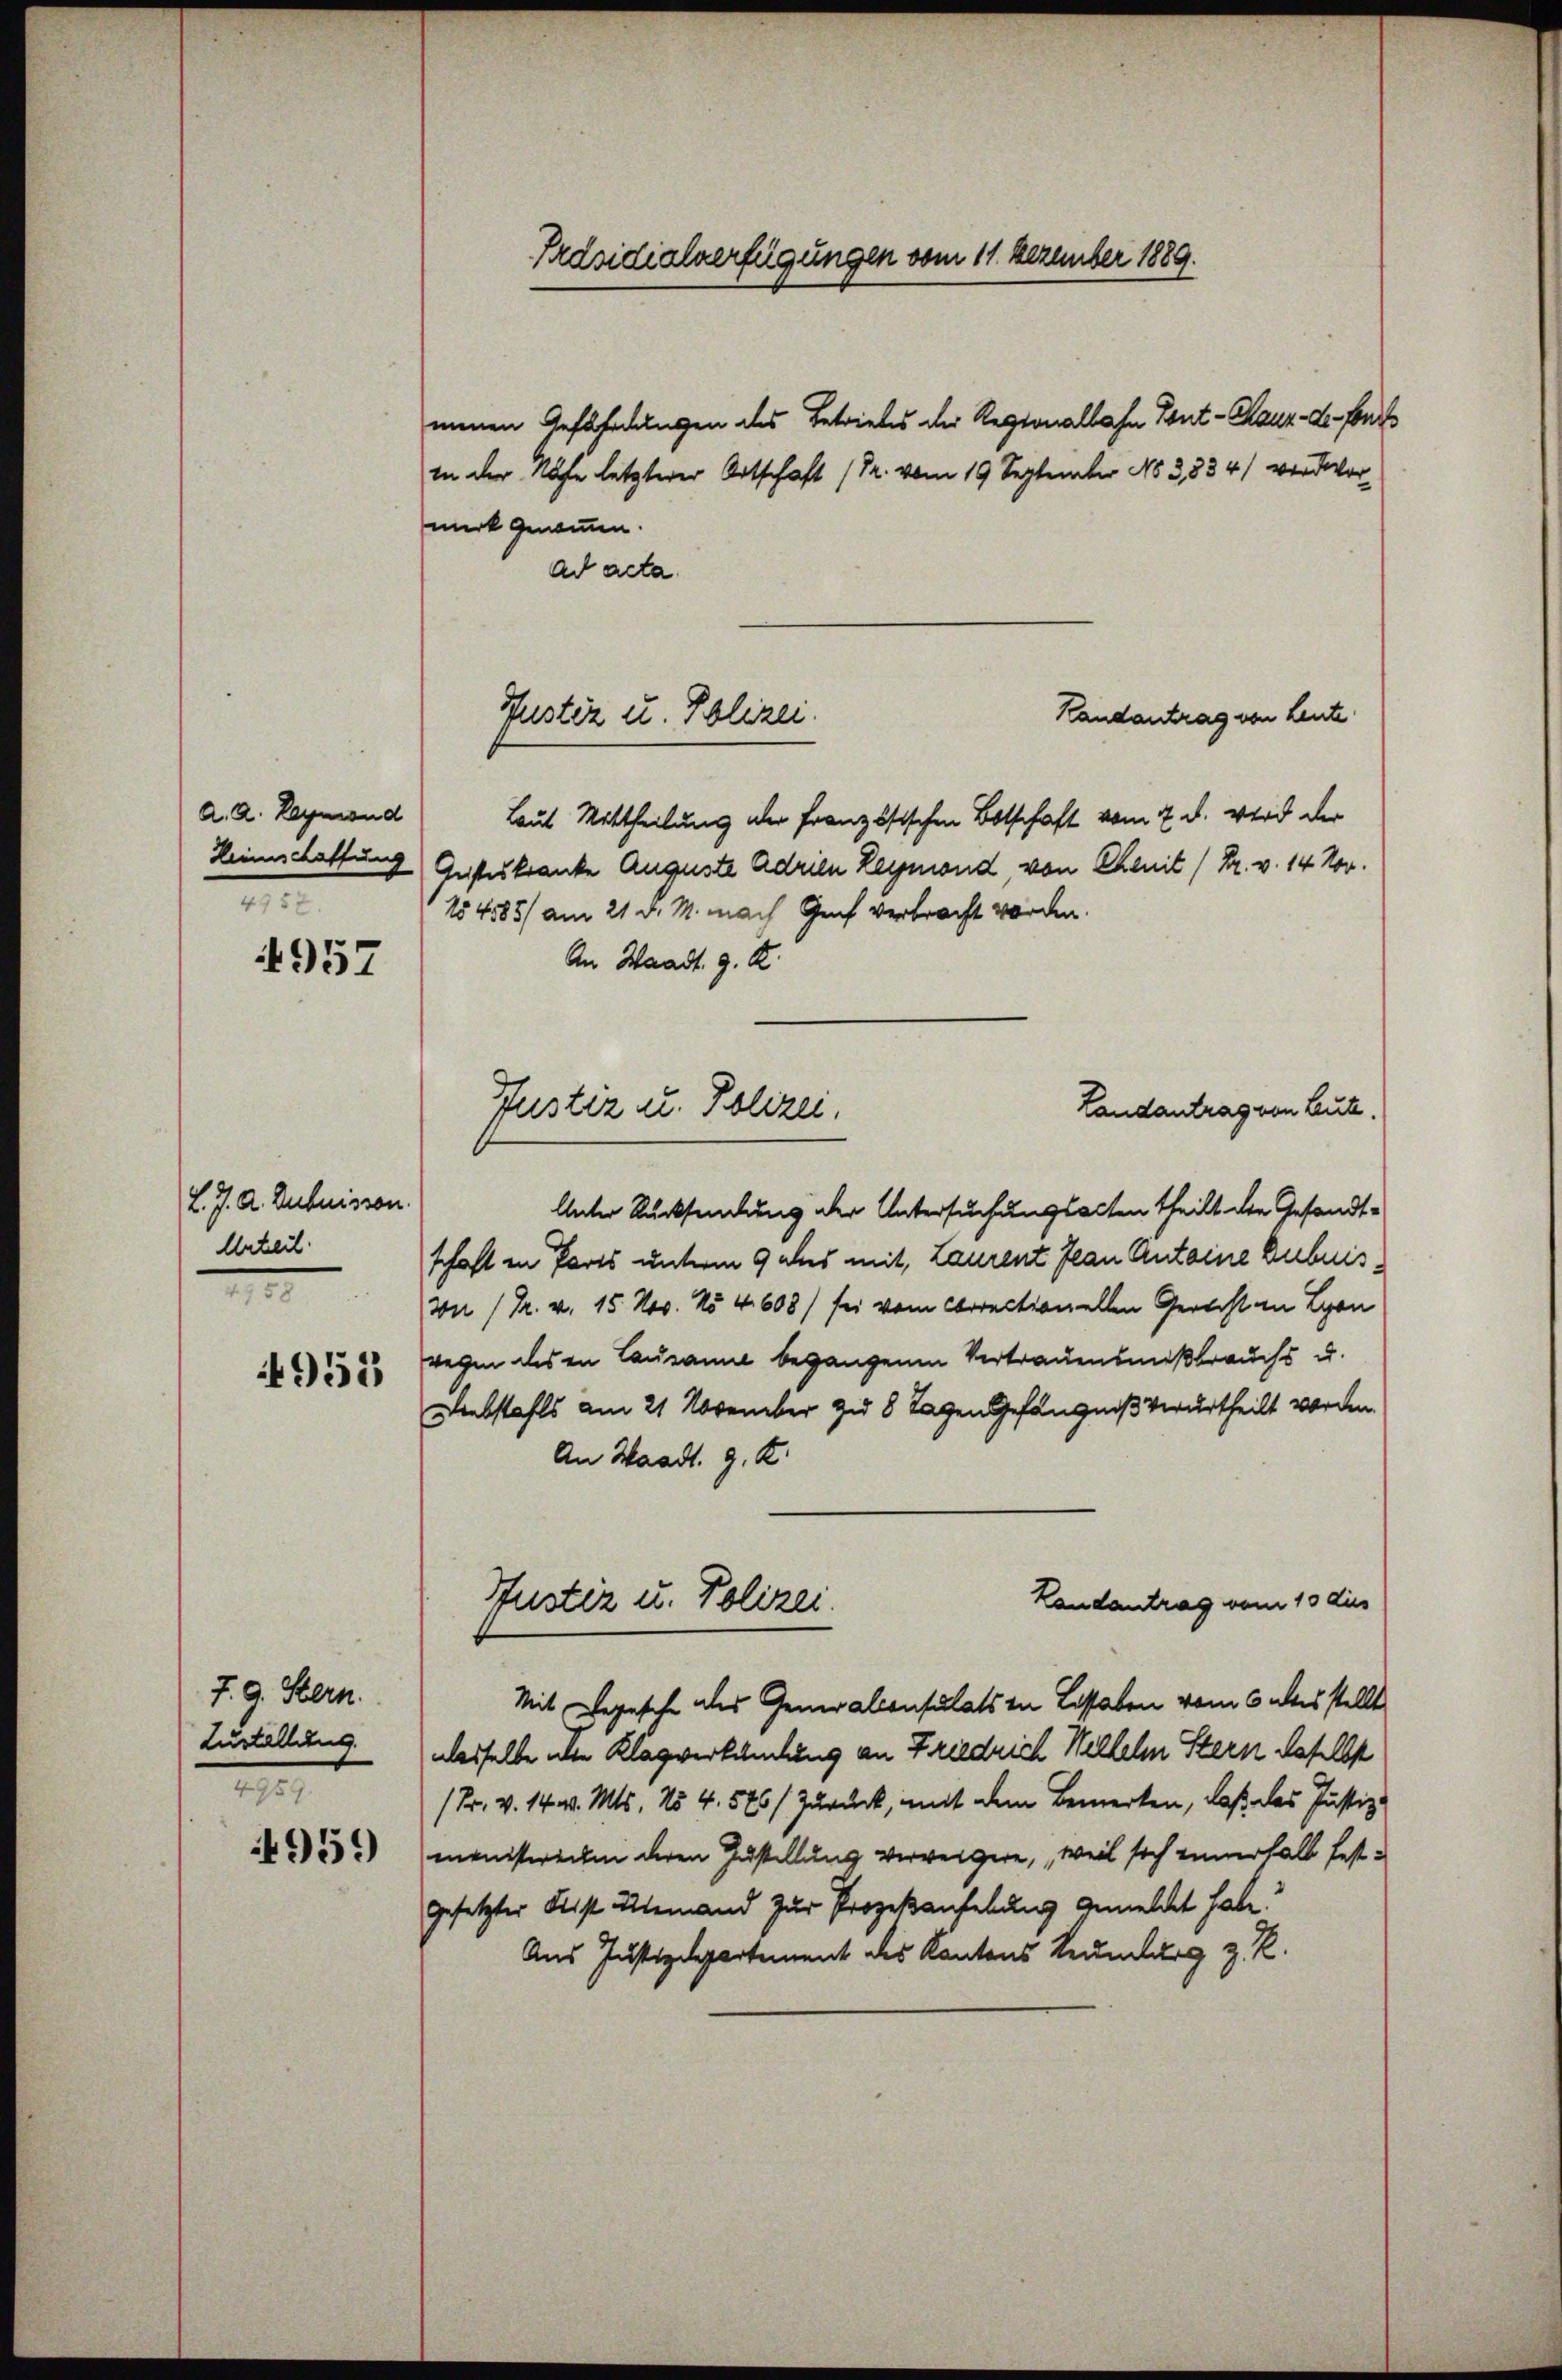
4957

a. a. Reymond
.

L. J. A. Zubuissen.
Urteil
2
4953

7. 9. Stern.
Zustellung
M

4959

menen Gefährdungen des Betriebes der Regionalbahn Kont-Chsur-le-Fonds
in der Rufe letzterer Ortschaft (Pr. vom 19. September No 3,834) verdor
merk genomen.
ad acta
Randantrag von Leute
Laut Mittheilung der französischen Botschaft vom 7. d. wird der
Heimschaftung Geisteskranke Auguste Adrien Leymond, von Chenit (Dr. v. 14 Nov.
154585/ am 21. d. M. nach Genf verbracht worden.
An Waadt. g. R.
Unter Rücksendung der Untersuchungsacten theilt die Gesandt-
schaft in Parts unterm 9 des mit, Laurent Jean Anteine Bubuis¬
Von /Pr. v. 15. Nov. No 4608) sei vom Correctionellen Gericht in Lyon
wegen des in Lausanne begangenen Vertrauensmißbrauchs u.
Diebstahls am 21. November zu 8 Tagen Gefängniß verurtheilt worden.
An Waadt. G. K.
Landantrag vom 15 dies
Hustiz u. Polizei.
Mit Depesche als Generalconsulats in Lossaben vom 6 akes stellt
odesselbe die Klagverkündung an Friedrich Wilhelm Stern daselbs
(Fr. v. 14 v. Mts. 254. 576) Zurück, mit dem Bemerken, daß das Justiz-
menisterechen deren Zustellung verweigere, weil sich innerhalb festgesetzter Leist niemand zur Prozeßaufhebung gemeldt habe?
Aus Justizdepartement des Kantons Leumburg z. R.

Präsidialverfügungen vom 11. Dezember 1889.

Justiz u. Polizei.

Justiz u. Polizei.

Landantrag von Leute.